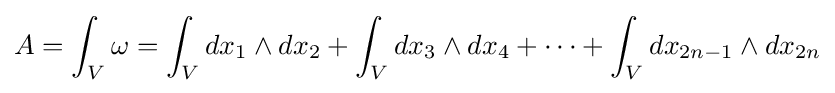
A=\int _{V}\omega =\int _{V}dx_{1}\wedge dx_{2}+\int _{V}dx_{3}\wedge dx_{4}+\cdots +\int _{V}dx_{2n-1}\wedge dx_{2n}